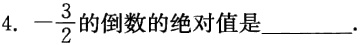
4. \(-\frac{3}{2}\)的倒数的绝对值是________.